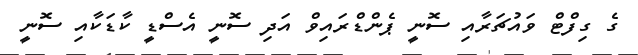
ގެ ގިފްޓް ވައުޗަރާއި ސޮނީ ޕެންޑްރައިވް އަދި ސޮނީ އެސްޑީ ކާޑަކާއި ސޮނީ